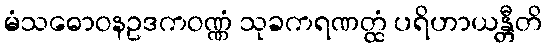
မံသဓောဝနဥဒကဝဏ္ဏံ သုခကရဏတ္ထံ ပရိဟာယန္တီတိ